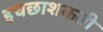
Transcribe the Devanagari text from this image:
इचछाशकती